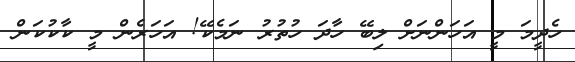
ހެދީމަ މީ އަހަންނަށް ލިބޭ ހާދަ ހުތުރު ނަމެކޭ! އަހަރެން މީ ކާކުކަން